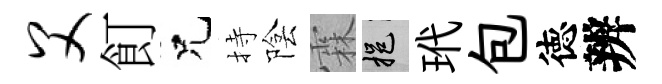
父飣兄持陰霖挹玳包徳辨